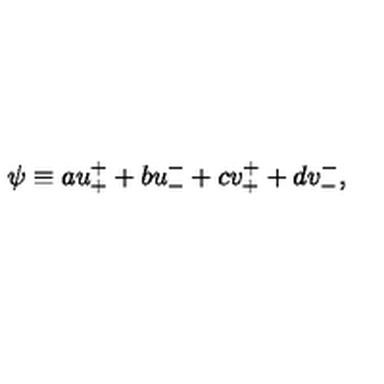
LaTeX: \psi \equiv a u _ { + } ^ { + } + b u _ { - } ^ { - } + c v _ { + } ^ { + } + d v _ { - } ^ { - } ,